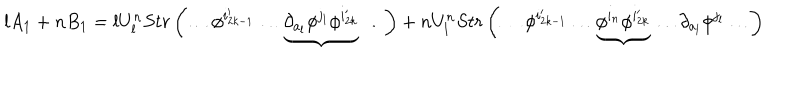
l A _ { 1 } + n B _ { 1 } = l U _ { l } ^ { n } S t r \left( \ldots \phi ^ { i _ { 2 k - 1 } ^ { \prime } } \ldots \underbrace { \partial _ { a _ { l } } \phi ^ { j _ { l } } \phi ^ { i _ { 2 k } ^ { \prime } } } \ldots \right) + n U _ { l } ^ { n } S t r \left( \ldots \phi ^ { i _ { 2 k - 1 } ^ { \prime } } \ldots \underbrace { \phi ^ { i _ { n } } \phi ^ { i _ { 2 k } ^ { \prime } } } \ldots \partial _ { a _ { l } } \phi ^ { j _ { l } } \ldots \right)